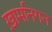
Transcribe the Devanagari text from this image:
ख़ामनिगन